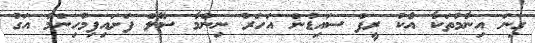
ގިނަ އިނާމުތަކާ އެކު ރީފް ސައިޑުން އަހަރު ނިންމާ ސޭލް ފަށައިފިމުހިންމު އަގު